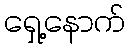
ရှေ့နောက်